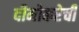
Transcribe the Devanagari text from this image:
दीमोकरेची